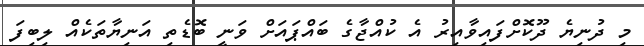
މި ދުނިޔެ ދޫކޮށްފައިވާއިރު އެ ކުއްޖާގެ ބައްޕައަށް ވަނީ ބޮޑެތި އަނިޔާތަކެއް ލިބިފަ